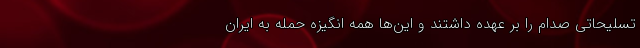
تسلیحاتی صدام را بر عهده داشتند و این‌ها همه انگیزه حمله به ایران